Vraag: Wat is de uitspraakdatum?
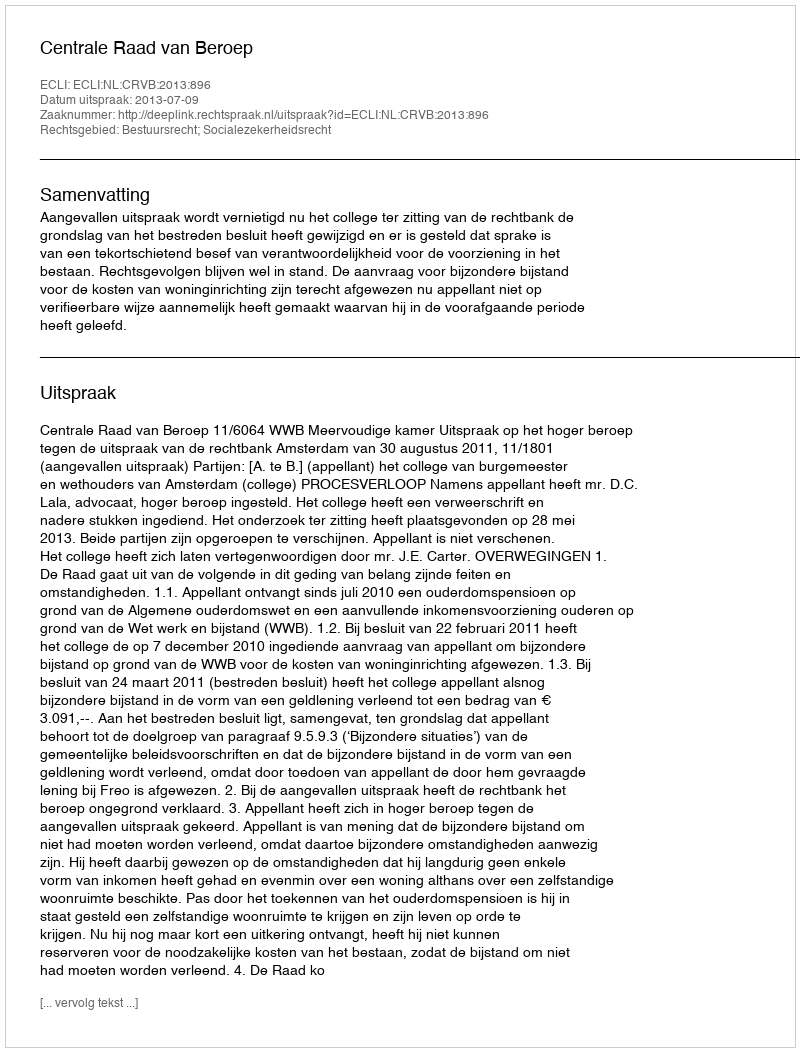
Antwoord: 2013-07-09